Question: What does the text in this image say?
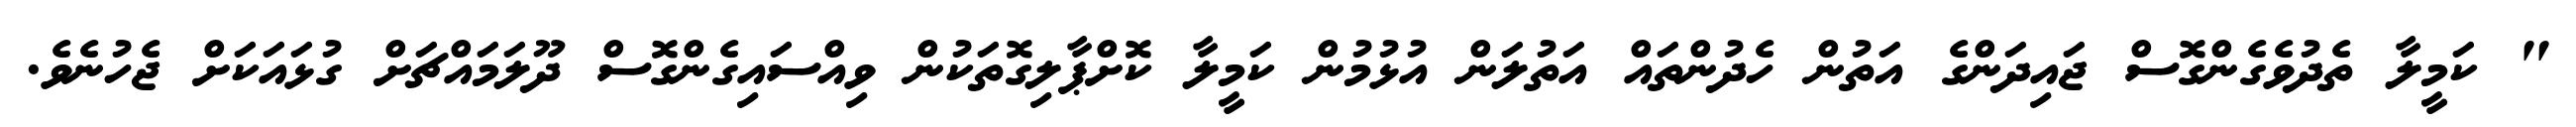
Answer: " ކަމީލާ ތެދުވެގެންގޮސް ޖައިދަންގެ އަތުން ހެދުންތައް އަތުލަން އުޅުމުން ކަމީލާ ކޮށްޕާލިގޮތަކުން ވިއްސައިގެންގޮސް ދޫލަމައްޗަށް ގުޅައަކަށް ޖެހުނެވެ.